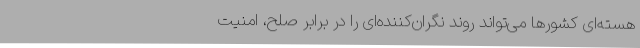
هسته‌ای کشورها می‌تواند روند نگران‌کننده‌ای را در برابر صلح، امنیت